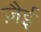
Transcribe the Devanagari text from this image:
ज़ैई